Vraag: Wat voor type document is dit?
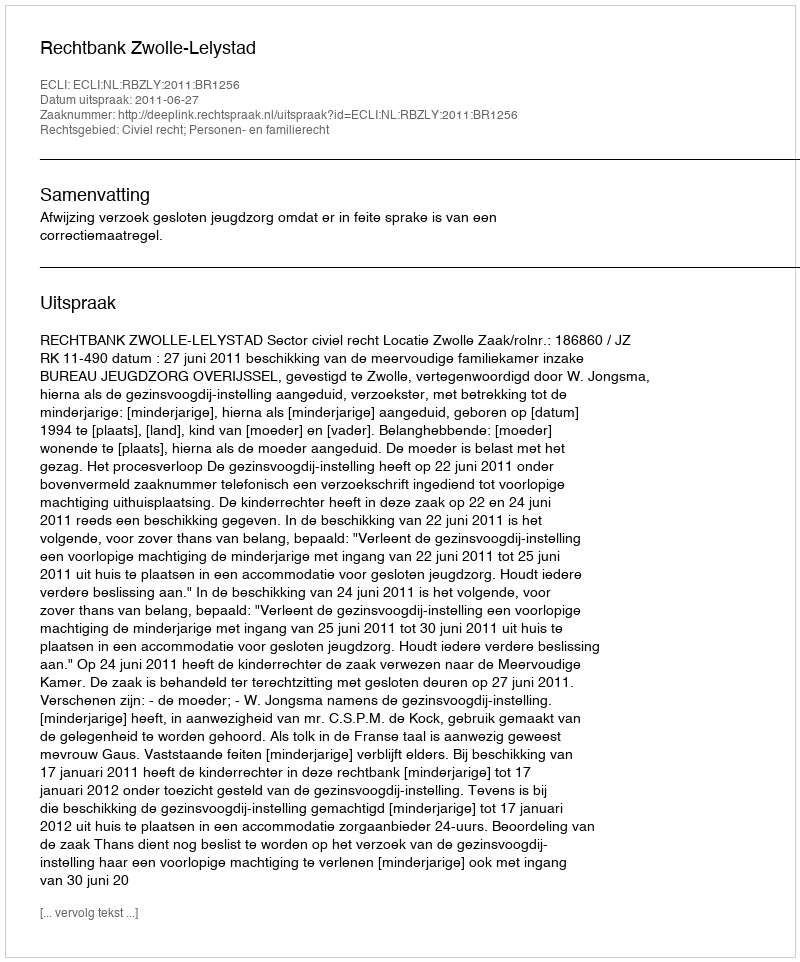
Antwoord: Uitspraak